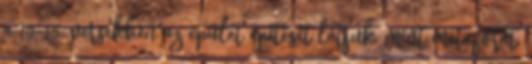
a 10-15. versekben az épület építését látjuk, mint metaforát,